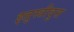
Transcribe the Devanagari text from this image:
इलुस्त्रीवुस